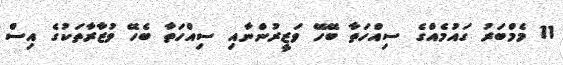
11 މެމްބަރު ގައުމެއްގެ ސިއްހަތާ ބޭހޭ ވަޒީރުންނާއި ސިއްހަތާ ބެހޭ ވުޒާރާތަކުގެ އިސް